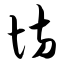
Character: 坊